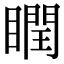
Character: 瞤